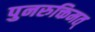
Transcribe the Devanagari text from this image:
पुनरुक्तिमत्